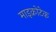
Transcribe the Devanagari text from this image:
माइक्रोटेक